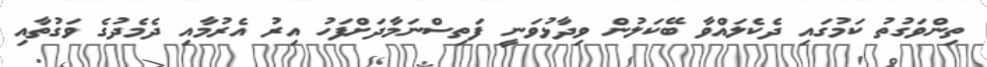
ތިންވަގުތު ކަމުގައި ދެކެލައްވާ ބޭކަލުން ވިދާޅުވަނީ ފަތިސްނަމާދަށްފަހު އިރު އެރުމާއި ދެމެދުގެ ވަގުތާއި